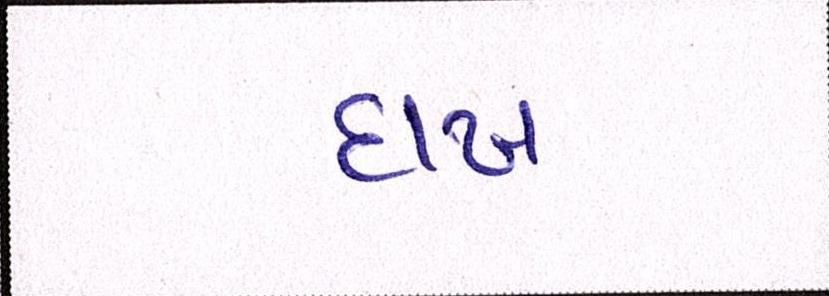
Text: દાખલો